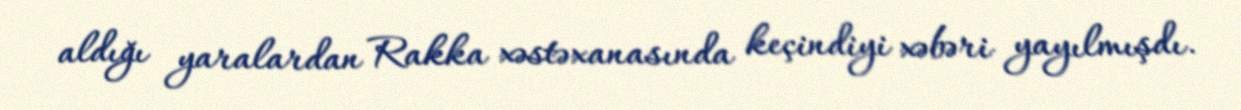
aldığı yaralardan Rakka xəstəxanasında keçindiyi xəbəri yayılmışdı.